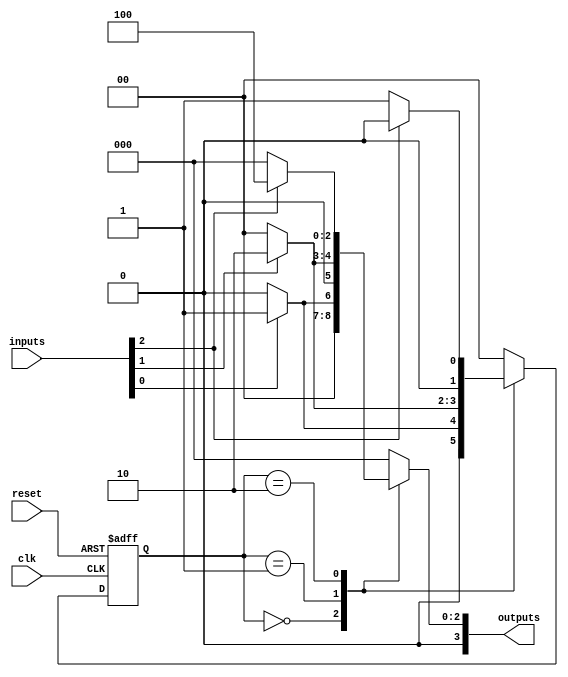
module VariableInputMealyFSM #(
    parameter STATE_WIDTH = 2,  // Number of bits for state encoding
    parameter INPUT_WIDTH = 4    // Number of bits for variable inputs
)(
    input wire clk,               // Clock signal
    input wire reset,             // Asynchronous reset
    input wire [INPUT_WIDTH-1:0] inputs, // Variable inputs
    output reg [INPUT_WIDTH-1:0] outputs // Outputs based on state and inputs
);

// State encoding
localparam STATE_A = 2'b00;
localparam STATE_B = 2'b01;
localparam STATE_C = 2'b10;

// State register
reg [STATE_WIDTH-1:0] current_state, next_state;

// State transition logic
always @(*) begin
    case (current_state)
        STATE_A: begin
            if (inputs[0]) begin
                next_state = STATE_B;
                outputs = 4'b0001; // Output for transition to STATE_B
            end else begin
                next_state = STATE_A;
                outputs = 4'b0000; // Output remains the same
            end
        end
        STATE_B: begin
            if (inputs[1]) begin
                next_state = STATE_C;
                outputs = 4'b0010; // Output for transition to STATE_C
            end else begin
                next_state = STATE_A;
                outputs = 4'b0000; // Output for transition back to STATE_A
            end
        end
        STATE_C: begin
            if (inputs[2]) begin
                next_state = STATE_A;
                outputs = 4'b0100; // Output for transition back to STATE_A
            end else begin
                next_state = STATE_B;
                outputs = 4'b0000; // Output for transition to STATE_B
            end
        end
        default: begin
            next_state = STATE_A;
            outputs = 4'b0000; // Default output
        end
    endcase
end

// State register update
always @(posedge clk or posedge reset) begin
    if (reset) begin
        current_state <= STATE_A; // Reset to initial state
    end else begin
        current_state <= next_state; // Update state on clock edge
    end
end

endmodule